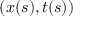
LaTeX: ( x ( s ) , t ( s ) )